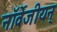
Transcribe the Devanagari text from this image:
नॉर्वेजीयन्